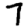
Digit: 7